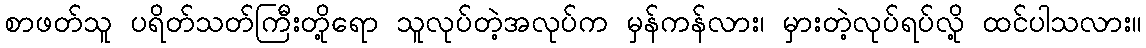
စာဖတ်သူ ပရိတ်သတ်ကြီးတို့ရော သူလုပ်တဲ့အလုပ်က မှန်ကန်လား၊ မှားတဲ့လုပ်ရပ်လို့ ထင်ပါသလား။